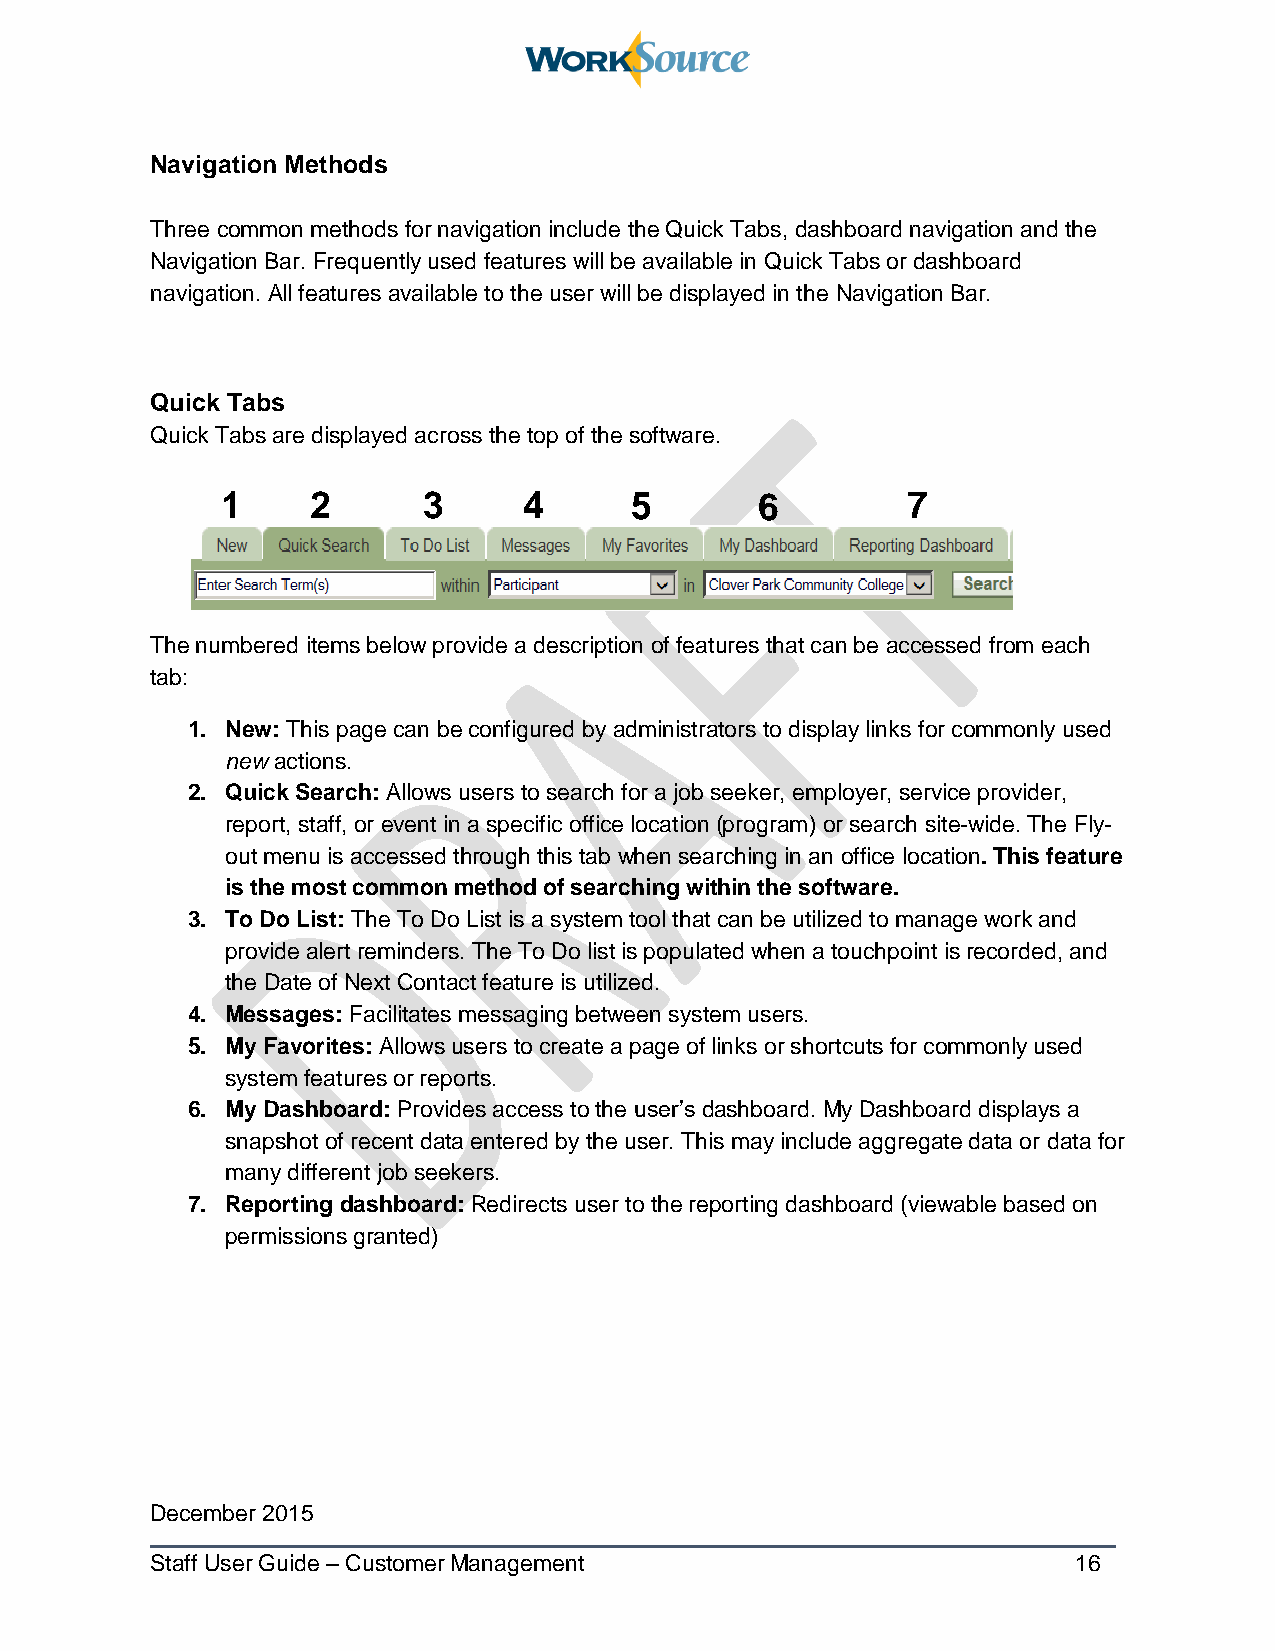
Navigation Methods
 Three common methods for navigation include the Quick Tabs, dashboard navigation and the
 Navigation Bar. Frequently used features will be available in Quick Tabs or dashboard
 navigation. All features available to the user will be displayed in the Navigation Bar.
 Quick Tabs
 Quick Tabs are displayed across the top of the software.
 1    2       3      4      5       6         7
 The numbered items below provide a description of features that can be accessed from each
 tab:
 1. New: This page can be configured by administrators to display links for commonly used
 new actions.
 2. Quick Search: Allows users to search for a job seeker, employer, service provider,
 report, staff, or event in a specific office location (program) or search site-wide. The Fly-
 out menu is accessed through this tab when searching in an office location. This feature
 is the most common method of searching within the software.
 3. To Do List: The To Do List is a system tool that can be utilized to manage work and
 provide alert reminders. The To Do list is populated when a touchpoint is recorded, and
 the Date of Next Contact feature is utilized.
 4. Messages: Facilitates messaging between system users.
 5. My Favorites: Allows users to create a page of links or shortcuts for commonly used
 system features or reports.
 6. My Dashboard: Provides access to the user’s dashboard. My Dashboard displays a
 snapshot of recent data entered by the user. This may include aggregate data or data for
 many different job seekers.
 7. Reporting dashboard: Redirects user to the reporting dashboard (viewable based on
 permissions granted)
 December 2015
 Staff User Guide – Customer Management                       16